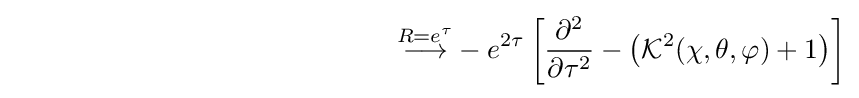
\qquad \qquad \qquad \qquad \qquad \qquad \quad \;\;\;{\stackrel {R=e^{\tau }}{\longrightarrow }}-e^{2\tau }\left[{\frac {\partial ^{2}}{\partial \tau ^{2}}}-\left({\mathcal {K}}^{2}(\chi ,\theta ,\varphi )+1\right)\right]